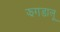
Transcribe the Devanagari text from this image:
झगडालू